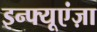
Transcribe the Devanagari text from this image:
इन्फ्यूएंज़ा